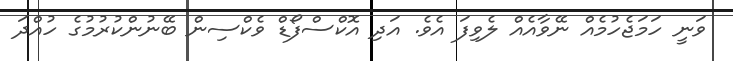
ވަނީ ހަމަޖެހުމެއް ނޭވާއެއް ލެވިފަ އެވެ. އަދި އޮކްސްފޯޑް ވެކްސިން ބޭނުންކުރުމުގެ ހުއްދަ